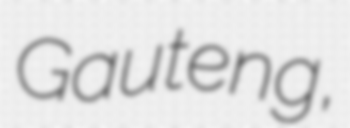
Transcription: Gauteng,